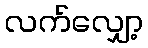
လက်လျှော့